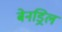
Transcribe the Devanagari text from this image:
बेनड्रिल